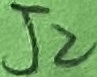
Text: J2